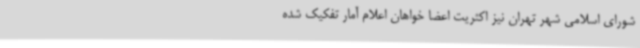
شورای اسلامی شهر تهران نیز اکثریت اعضا خواهان اعلام آمار تفکیک شده